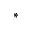
*